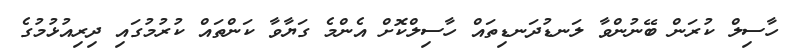
ހާސިލް ކުރަން ބޭނުންވާ ލަނޑުދަނޑިތައް ހާސިލްކޮށް އެންމެ ގަޔާވާ ކަންތައް ކުރުމުގައި ދިރިއުޅުމުގެ